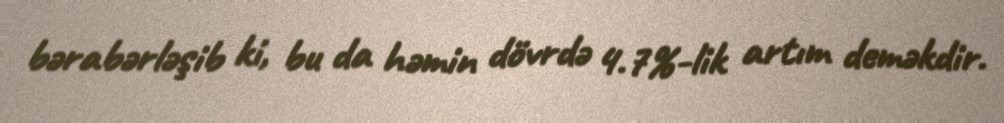
bərabərləşib ki, bu da həmin dövrdə 4.7%-lik artım deməkdir.